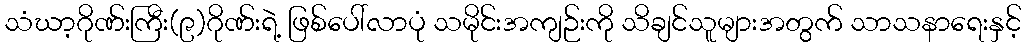
သံဃာ့ဂိုဏ်းကြီး(၉)ဂိုဏ်းရဲ့ ဖြစ်ပေါ်လာပုံ သမိုင်းအကျဉ်းကို သိချင်သူများအတွက် သာသနာရေးနှင့်